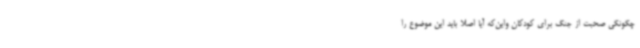
چگونگی صحبت از جنگ برای کودکان واین‌که آیا اصلا باید این موضوع را